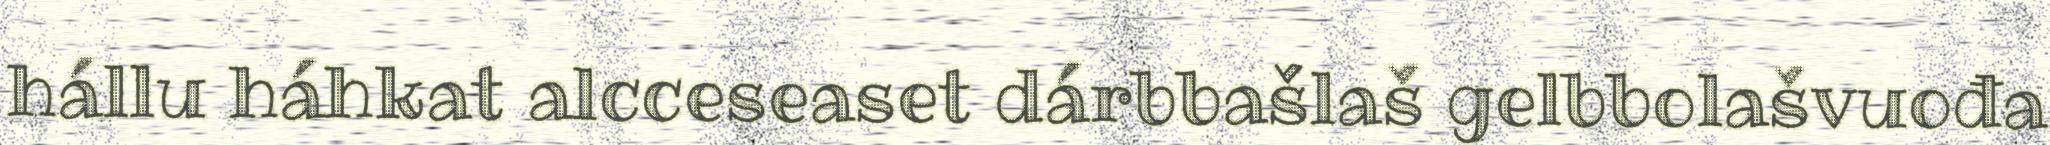
hállu háhkat alcceseaset dárbbašlaš gelbbolašvuođa